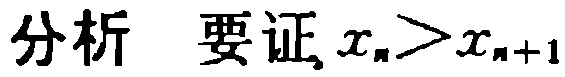
分析 要证\(x_{n}>x_{n + 1}\)